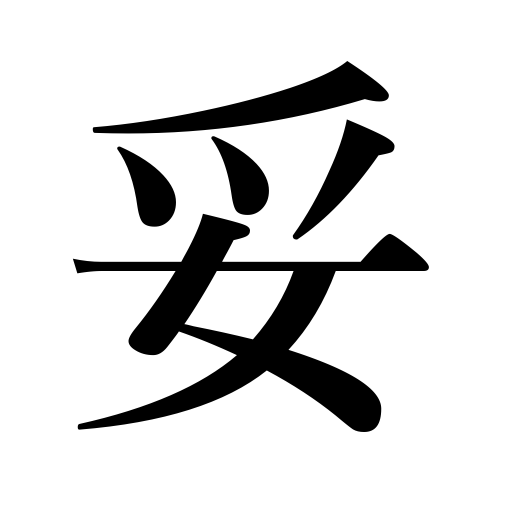
Meanings: depravity,peace